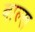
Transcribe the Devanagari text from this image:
बाल्ख